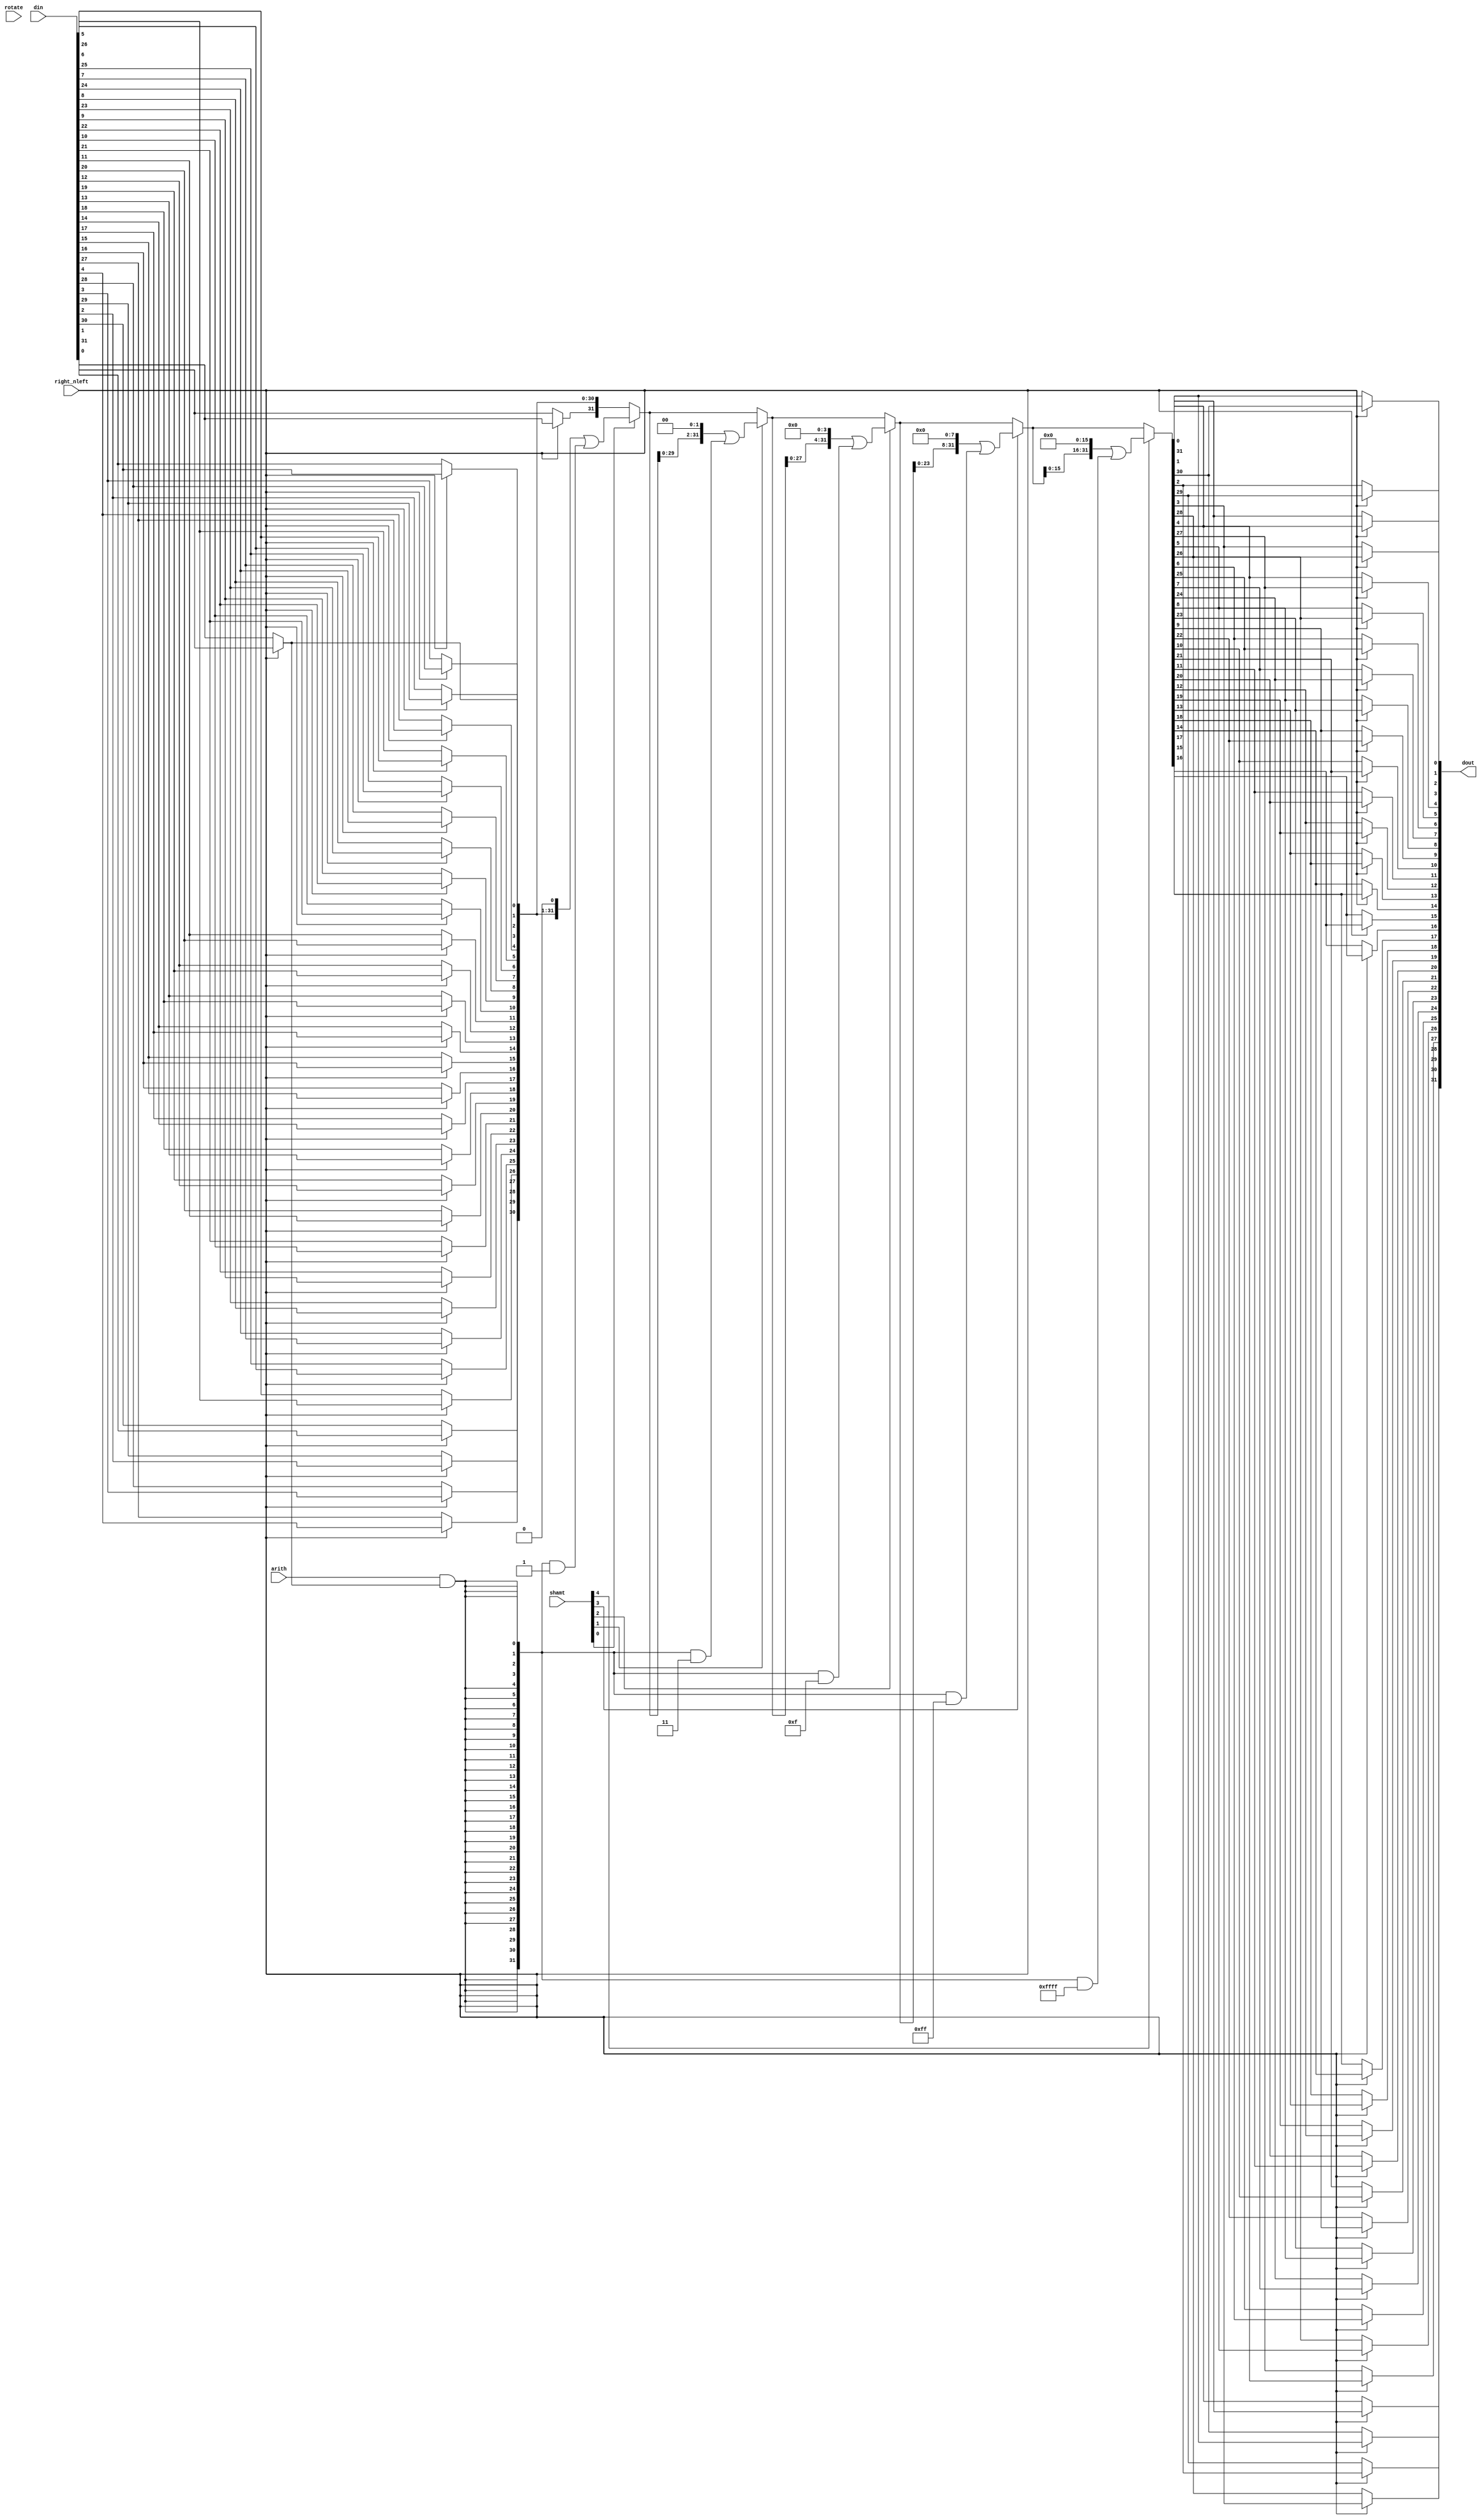
/*****************************************************************************\
|                        Copyright (C) 2022 Luke Wren                         |
|                     SPDX-License-Identifier: Apache-2.0                     |
\*****************************************************************************/

// Implement the three shifts (left logical, right logical, right arithmetic)

`default_nettype none

module hazard1_shift_barrel (
	input wire [31:0] din,
	input wire [4:0]  shamt,
	input wire        right_nleft,
	input wire        rotate,
	input wire        arith,
	output reg [31:0] dout
);

reg [31:0] din_rev;
reg [31:0] shift_accum;
reg              sext;

always @ (*) begin: shift
	integer i;

	for (i = 0; i < 32; i = i + 1)
		din_rev[i] = right_nleft ? din[32 - 1 - i] : din[i];

	sext = arith && din_rev[0];

	shift_accum = din_rev;
	for (i = 0; i < 5; i = i + 1) begin
		if (shamt[i]) begin
			shift_accum = (shift_accum << (1 << i)) | ({32{sext}} & ~({32{1'b1}} << (1 << i)));
		end
	end

	for (i = 0; i < 32; i = i + 1)
		dout[i] = right_nleft ? shift_accum[32 - 1 - i] : shift_accum[i];
end

endmodule

`ifndef YOSYS
`default_nettype wire
`endif